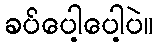
ခပ်ပေါ့ပေါ့ပဲ။